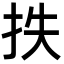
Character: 抶